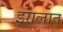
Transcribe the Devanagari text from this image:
झालात